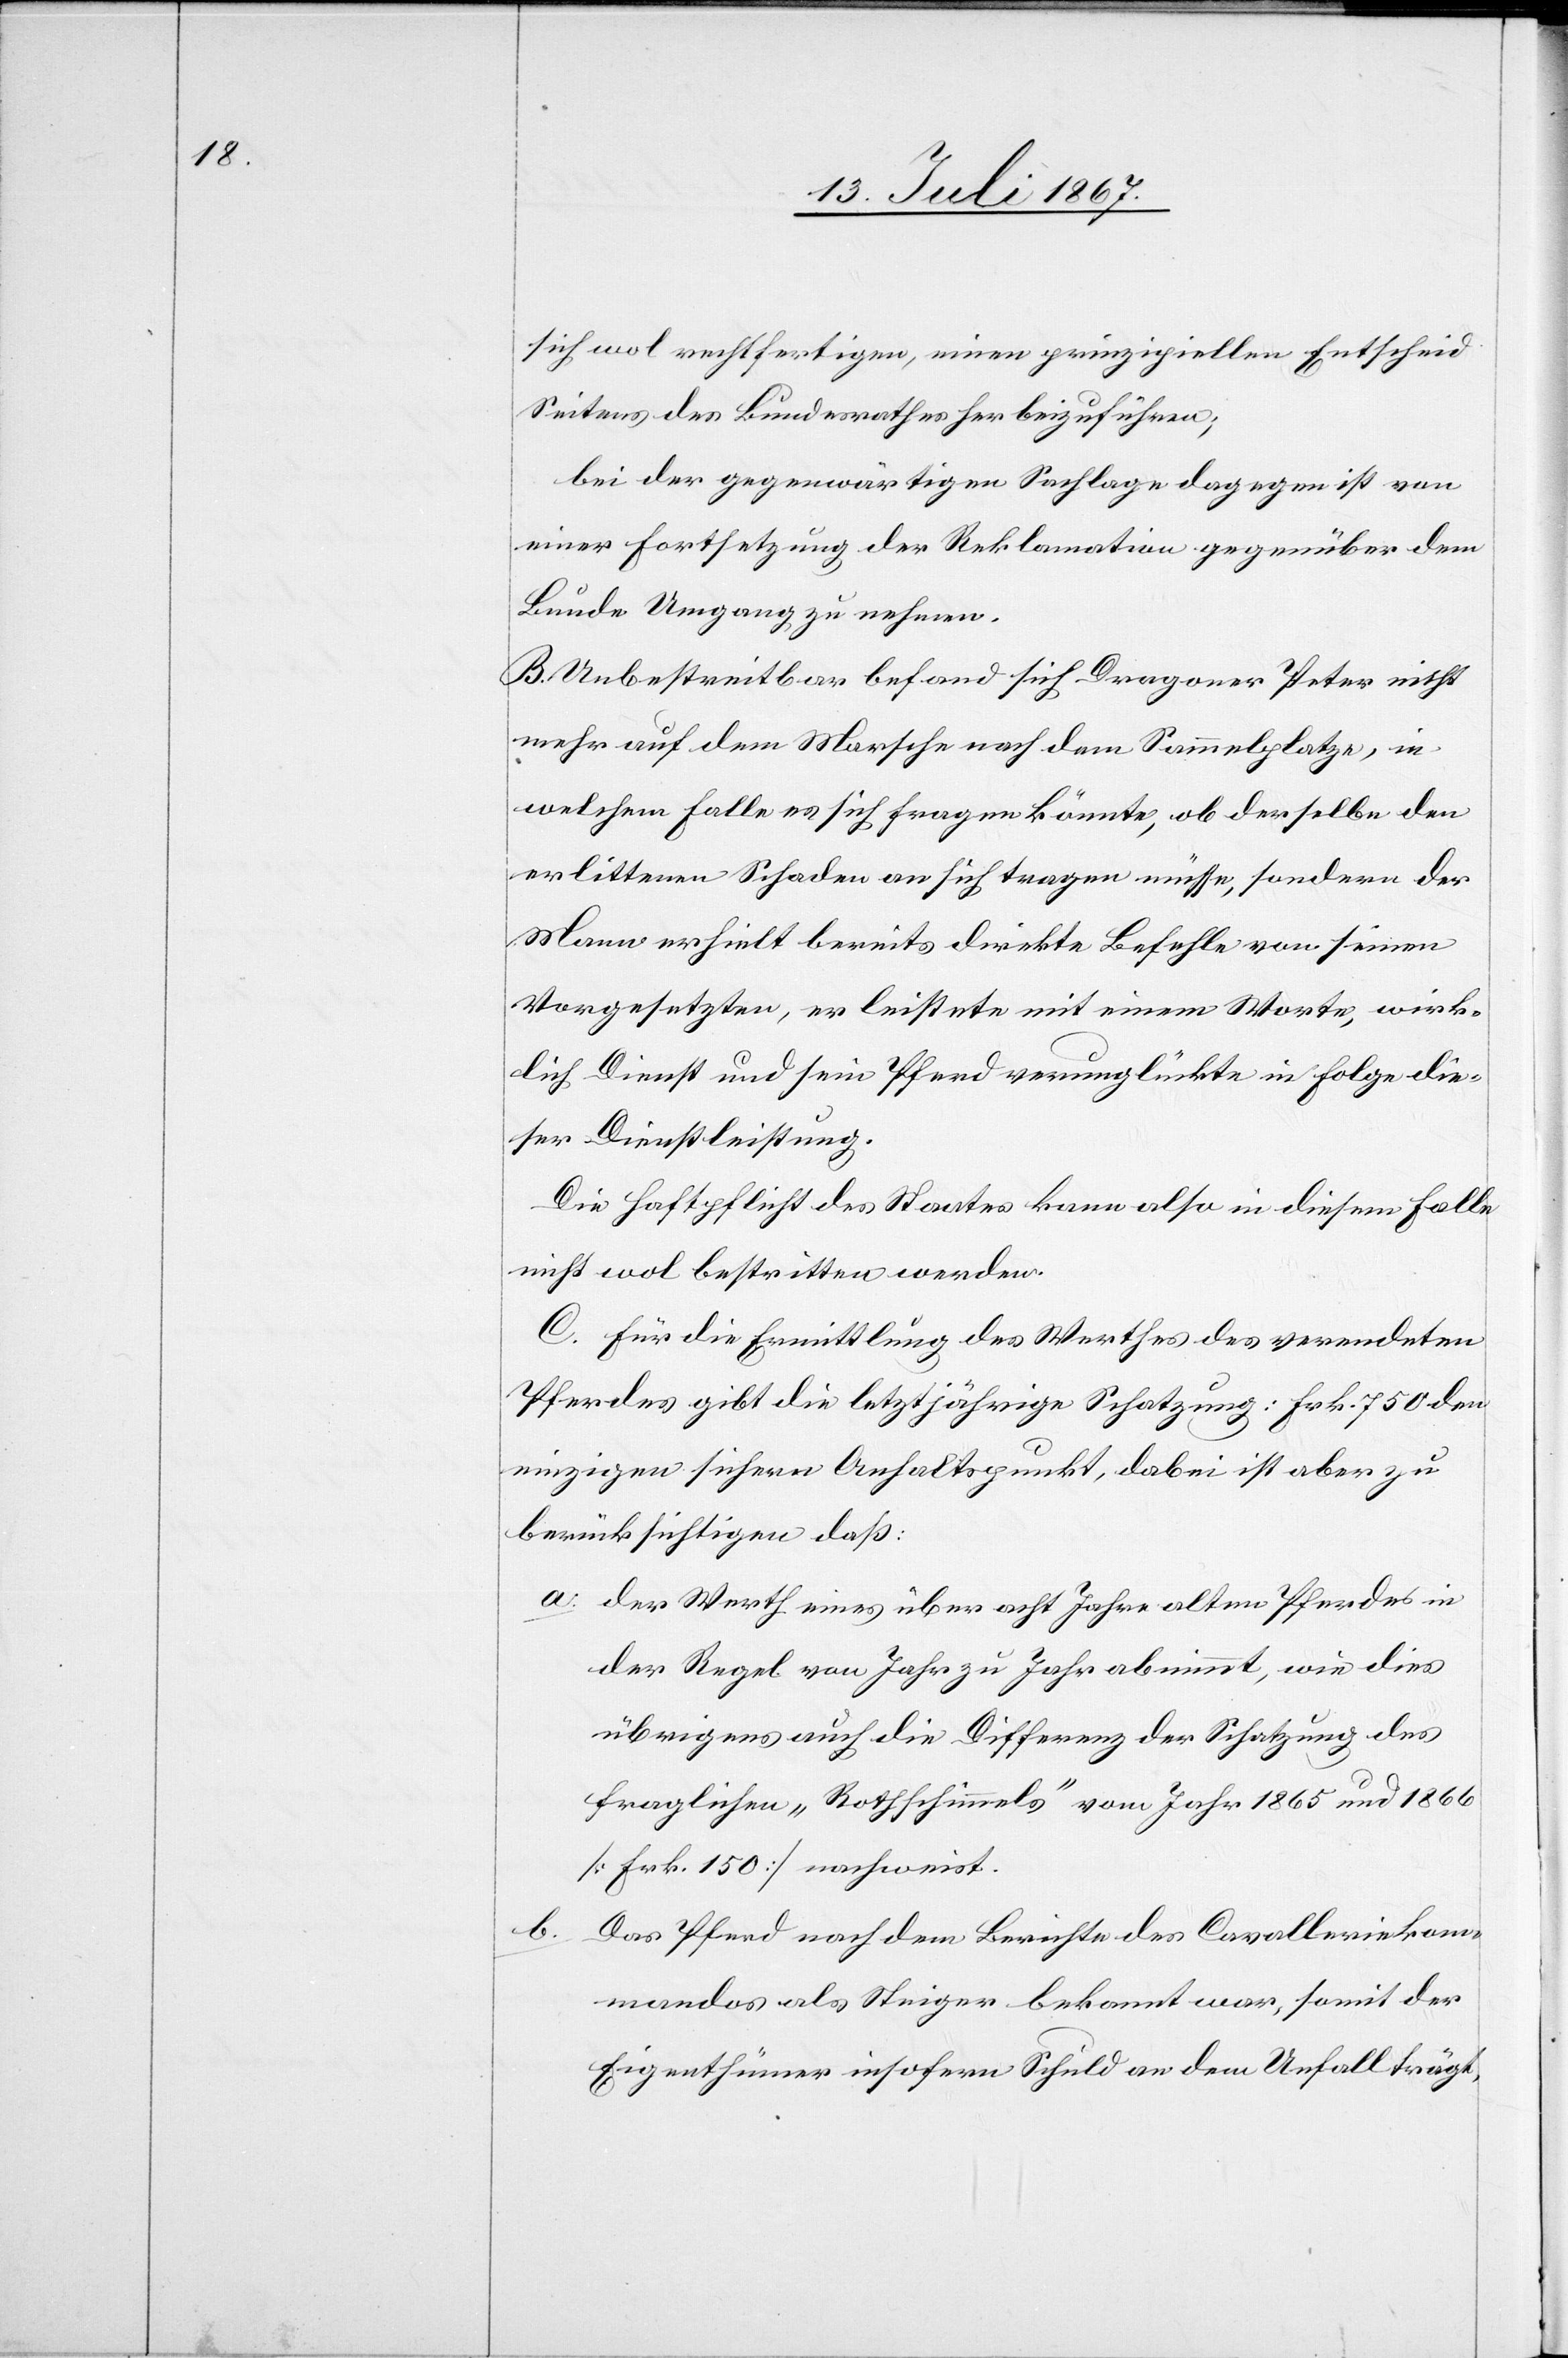
b.

sich wol rechtfertigen, einen prinzipiellen Entscheid
Seitens des Bundesrathes herbeizuführen;
bei der gegenwärtigen Sachlage dagegen ist von
einer Fortsetzung der Reklamation gegenüber dem
Bunde Umgang zu nehmen.
B. Unbestreitbar befand sich Dragoner Peter nicht
mehr auf dem Marsche nach dem Sammelplatze, in
welchem Falle es sich fragen könnte, ob derselbe den
erlittenen Schaden an sich tragen müsse, sondern der
Mann erhielt bereits direkte Befehle von seinem
Vorgesetzten, er leistete mit einem Worte, wirk¬
lich Dienst und sein Pferd verunglückte in Folge die¬
ser Dienstleistung.
Die Haftpflicht des Staates kann also in diesem Falle
nicht wol bestritten werden.
C. Für die Ermittlung des Werthes der verendeten
Pferdes gibt die letztjährige Schatzung: Frk. 750 den
einzigen sichern Anhaltspunkt, dabei ist aber zu
berücksichtigen daß:
a. der Werth eines über acht Jahre alten Pferdes in
der Regel von Jahr zu Jahr abnimmt, wie dies
übrigens auch die Differenz der Schatzung des
fraglichen „Rothschimmels“ vom Jahr 1865 und 1866
[Frk. 150] nachweist.
das Pferd nach dem Berichte des Cavalleriekom¬
mandos als Steiger bekannt war, somit der
Eigenthümer insofern Schuld an dem Unfall trägt,